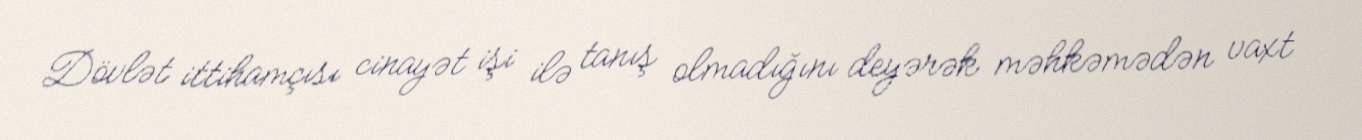
Dövlət ittihamçısı cinayət işi ilə tanış olmadığını deyərək məhkəmədən vaxt